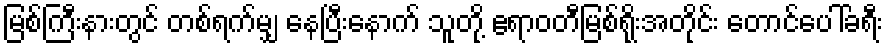
မြစ်ကြီးနားတွင် တစ်ရက်မျှ နေပြီးနောက် သူတို့ ဧရာဝတီမြစ်ရိုးအတိုင်း တောင်ပေါ်ခရီး